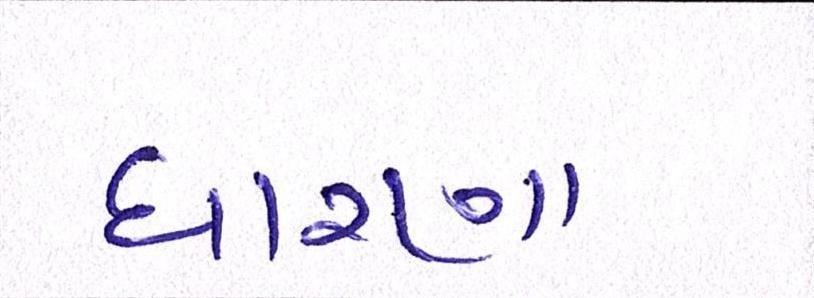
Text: ધારણા